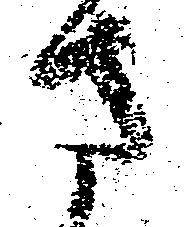
さ